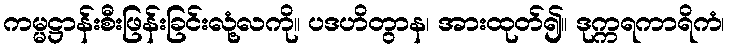
ကမ္မဋ္ဌာန်းစီးဖြန်းခြင်းလုံ့လကို။ ပဒဟိတွာန၊ အားထုတ်၍။ ဒုက္ကရကာရိကံ၊